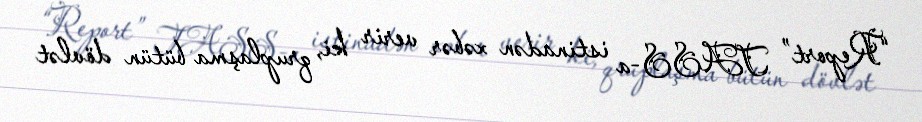
“Report” TASS-a istinadən xəbər verir ki, qruplaşma bütün dövlət